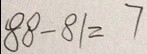
8 8 - 8 1 = 7